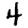
Digit: 4